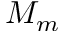
M _ { m }